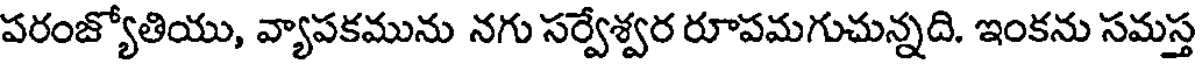
పరంజ్యోతియు, వ్యాపకమును నగు సర్వేశ్వర రూపమగుచున్నది. ఇంకను సమస్త